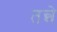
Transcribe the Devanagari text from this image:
तन्ने